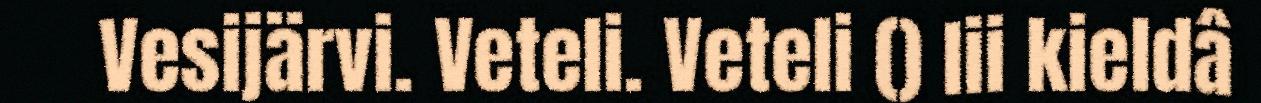
Vesijärvi. Veteli. Veteli () lii kieldâ